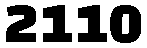
2110